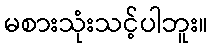
မစားသုံးသင့်ပါဘူး။